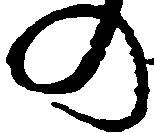
の